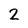
Character: 2